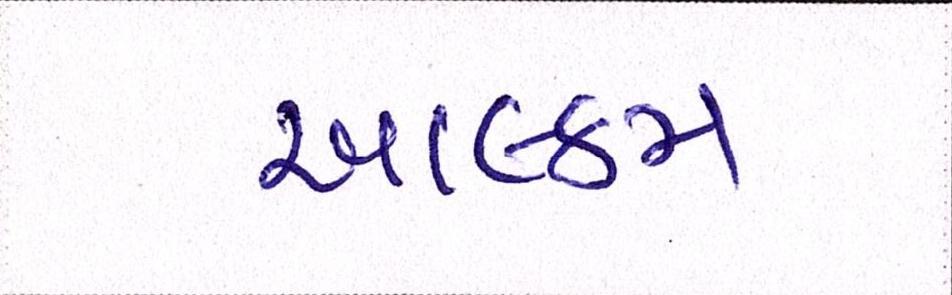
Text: આલ્કમ